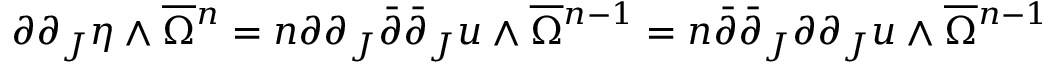
\partial \partial _ { J } \eta \wedge \overline { { \Omega } } { \mathstrut } ^ { n } = n \partial \partial _ { J } \bar { \partial } \bar { \partial } _ { J } u \wedge \overline { { \Omega } } { \mathstrut } ^ { n - 1 } = n \bar { \partial } \bar { \partial } _ { J } \partial \partial _ { J } u \wedge \overline { { \Omega } } { \mathstrut } ^ { n - 1 }